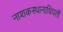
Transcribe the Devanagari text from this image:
नाशकस्थानाधिपती